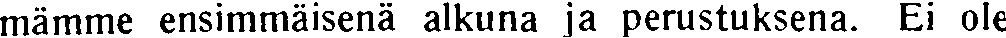
mämme ensimmäisenä alkuna ja perustuksena. Ei ole